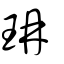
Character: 珃